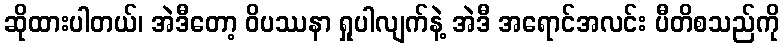
ဆိုထားပါတယ်၊ အဲဒီတော့ ဝိပဿနာ ရှုပါလျက်နဲ့ အဲဒီ အရောင်အလင်း ပီတိစသည်ကို